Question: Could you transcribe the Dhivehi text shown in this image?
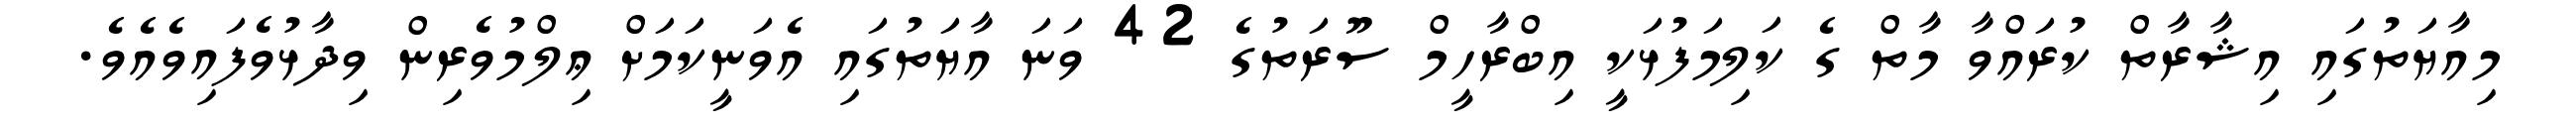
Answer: މިއާޔަތުގައި އިޝާރާތް ކުރައްވާ މާތް ގެ ކަލިމަފުޅަކީ އިބްރާހީމް ސޫރަތުގެ 42 ވަނަ އާޔަތުގައި އެވަނީކަމަށް ޢިލްމުވެރިން ވިދާޅުވެފައިވެއެވެ.